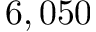
6 , 0 5 0